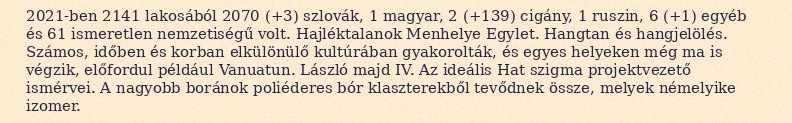
2021-ben 2141 lakosából 2070 (+3) szlovák, 1 magyar, 2 (+139) cigány, 1 ruszin, 6 (+1) egyéb és 61 ismeretlen nemzetiségű volt. Hajléktalanok Menhelye Egylet. Hangtan és hangjelölés. Számos, időben és korban elkülönülő kultúrában gyakorolták, és egyes helyeken még ma is végzik, előfordul például Vanuatun. László majd IV. Az ideális Hat szigma projektvezető ismérvei. A nagyobb boránok poliéderes bór klaszterekből tevődnek össze, melyek némelyike izomer.